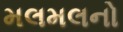
મલમલનો